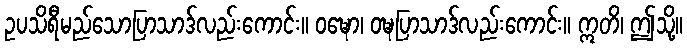
ဥပသိရီမည်သောပြာသာဒ်လည်းကောင်း။ ဝဍ္ဎော၊ ဝဍ္ဎပြာသာဒ်လည်းကောင်း။ ဣတိ၊ ဤသို့။